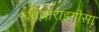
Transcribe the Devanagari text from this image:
विल्लाराइगोसा